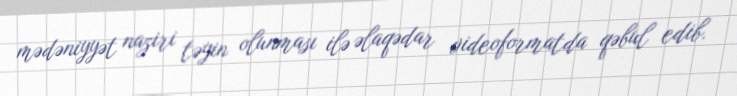
mədəniyyət naziri təyin olunması ilə əlaqədar videoformatda qəbul edib.